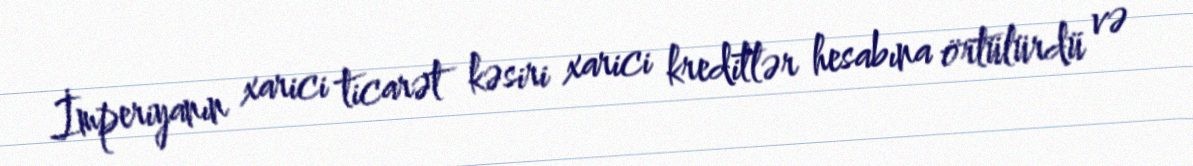
İmperiyanın xarici ticarət kəsiri xarici kreditlər hesabına örtülürdü və